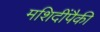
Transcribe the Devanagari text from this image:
मशिदींपैकी